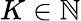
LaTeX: K\in\mathbb N